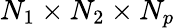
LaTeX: N_{1}\times N_{2}\times N_{p}